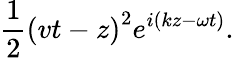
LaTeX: \frac{1}{2}\left(vt-z\right)^{2}e^{i\left(kz-\omega t\right)}.